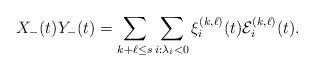
LaTeX: \begin{align*}X_-(t)Y_-(t)= \sum_{k+\ell\leq s}\sum_{i:\lambda_i<0 } \xi^{(k,\ell)}_i(t)\mathcal{E}^{(k,\ell)}_i(t).\end{align*}